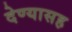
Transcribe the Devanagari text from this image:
देण्‍यासह